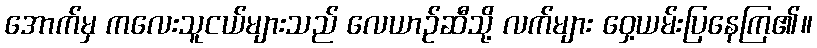
အောက်မှ ကလေးသူငယ်များသည် လေယာဉ်ဆီသို့ လက်များ ဝှေ့ယမ်းပြနေကြ၏။